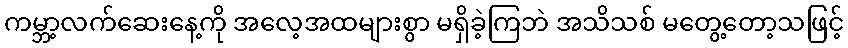
ကမ္ဘာ့လက်ဆေးနေ့ကို အလေ့အထများစွာ မရှိခဲ့ကြဘဲ အသိသစ် မတွေ့တော့သဖြင့်